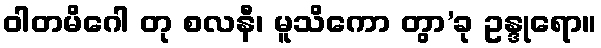
ဝါတမိဂေါ တု စလနီ၊ မူသိကော တွာ’ခု ဥန္ဒုရော။